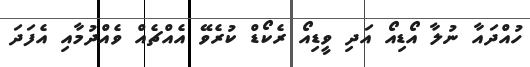
ހުއްދައާ ނުލާ އޯޑިއޯ އަދި ވީޑިއޯ ރެކޯޑް ކުރެވޭ އެއްޗެއް ވެއްދުމާއި އެފަދަ